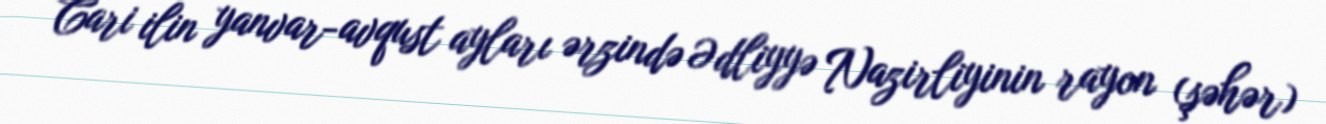
Cari ilin yanvar-avqust ayları ərzində Ədliyyə Nazirliyinin rayon (şəhər)